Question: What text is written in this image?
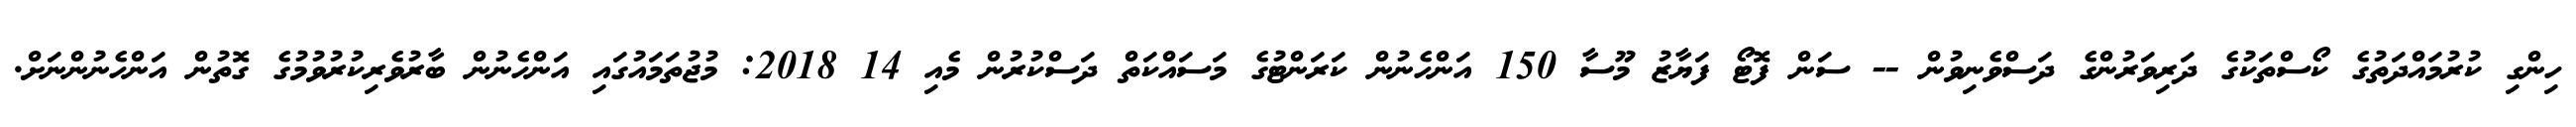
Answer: ހިންގި ކުރުމައްދަތުގެ ކޯސްތަކުގެ ދަރިވަރުންގެ ދަސްވެނިވުން -- ސަން ފޮޓޯ ފަޔާޒު މޫސާ 150 އަންހެނުން ކަރަންޓުގެ މަސައްކަތް ދަސްކުރުން މެއި 14 2018: މުޖުތަމައުގައި އަންހެނުން ބާރުވެރިކުރުވުމުގެ ގޮތުން އަންހެނުންނަށް.